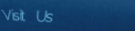
Visit Us